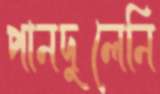
পানদুলেনি